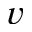
v